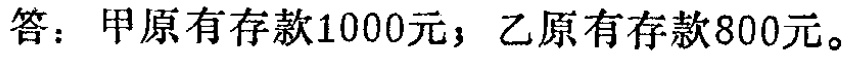
答：甲原有存款1000元；乙原有存款800元。